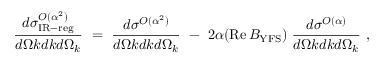
{ \frac { d \sigma _ { \mathrm { I R - r e g } } ^ { { \cal O } ( \alpha ^ { 2 } ) } } { d \Omega k d k d \Omega _ { k } } } \ = \ { \frac { d \sigma ^ { { \cal O } ( \alpha ^ { 2 } ) } } { d \Omega k d k d \Omega _ { k } } } \ - \ 2 \alpha ( \mathop { \mathrm { R e } } { B } _ { \mathrm { Y F S } } ) \; { \frac { d \sigma ^ { { \cal O } ( \alpha ) } } { d \Omega k d k d \Omega _ { k } } } \ ,